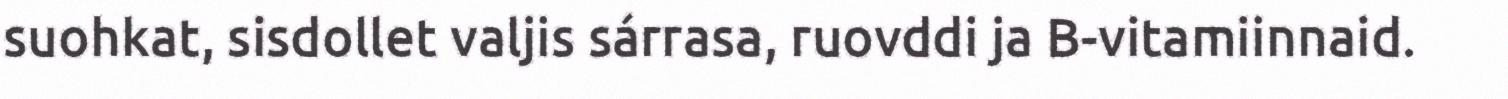
suohkat, sisdollet valjis sárrasa, ruovddi ja B-vitamiinnaid.